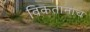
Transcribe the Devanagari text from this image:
विकतानाच